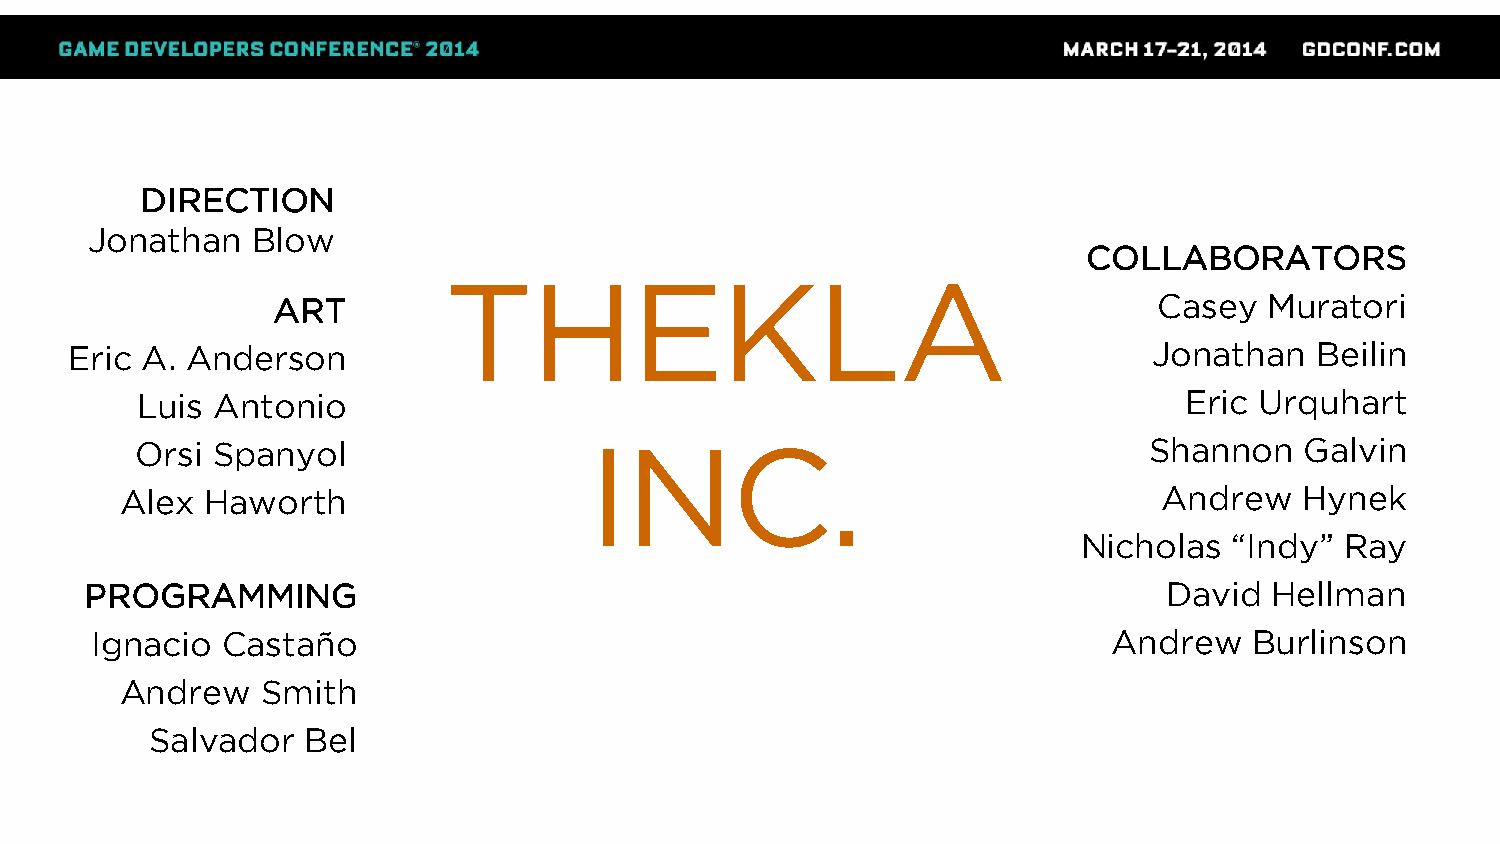
DIRECTION
 Jonathan   Blow
 COLLABORATORS
 THEKLA
 ART                                                        Casey  Muratori
 Eric A. Anderson                                                        Jonathan   Beilin
 Luis Antonio                                                         Eric Urquhart
 Orsi Spanyol                  INC.                                 Shannon   Galvin
 Alex Haworth                                                         Andrew   Hynek
 Nicholas  “Indy” Ray
 PROGRAMMING                                                            David  Hellman
 Ignacio  Castaño                                                    Andrew   Burlinson
 Andrew   Smith
 Salvador  Bel